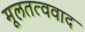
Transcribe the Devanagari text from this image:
मूलतत्ववाद